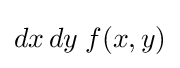
dx\,dy\;f(x,y)